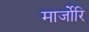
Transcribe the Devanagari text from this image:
मार्जोरि